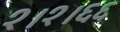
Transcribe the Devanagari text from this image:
१।१।६६